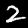
Digit: 2